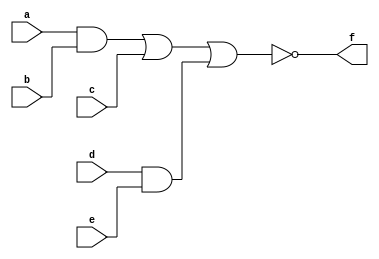
module comb_gate(a, b, c, d, e, f);
    input  a, b, c, d, e;
    output f;

    assign f = ~(a & b | c | d & e);

endmodule